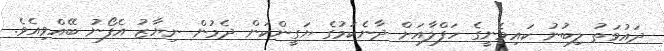
ދައުވަތު ލިބުނު ކައިވެނީގެ ހަފްލާއަށް ދާނެކަމުގެ ޔަގީންކަން ދެމުން ނިޔާޒު އެފޯނު ބޭއްވިއެވެ.